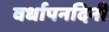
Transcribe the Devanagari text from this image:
वर्धापनदिनी